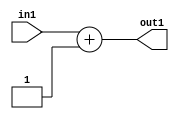
`timescale 1ps / 1ps
/*****************************************************************************
    Verilog RTL Description
    
    
    Created by: Stratus DpOpt 2019.1.01 
*******************************************************************************/

module st_weight_addr_gen_Add2i1u16_4_7 (
	in1,
	out1
	); /* architecture "behavioural" */ 
input [15:0] in1;
output [15:0] out1;
wire [15:0] asc001;

assign asc001 = 
	+(in1)
	+(16'B0000000000000001);

assign out1 = asc001;
endmodule

/* CADENCE  ubHxSQs= : u9/ySgnWtBlWxVPRXgAZ4Og= ** DO NOT EDIT THIS LINE ******/